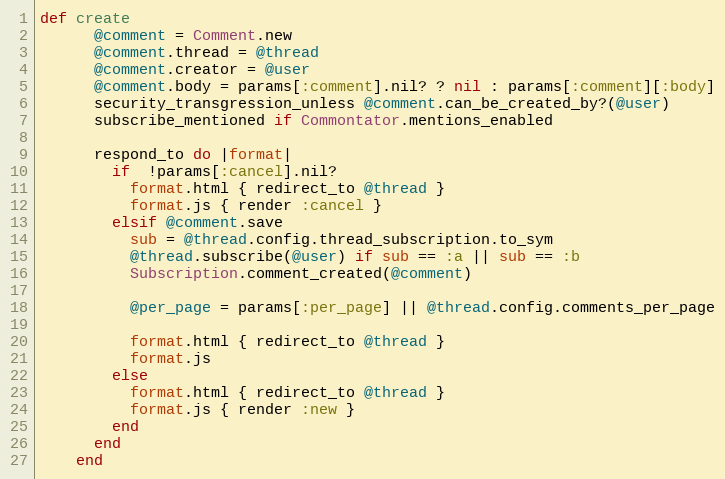
Language: Ruby
def create
      @comment = Comment.new
      @comment.thread = @thread
      @comment.creator = @user
      @comment.body = params[:comment].nil? ? nil : params[:comment][:body]
      security_transgression_unless @comment.can_be_created_by?(@user)
      subscribe_mentioned if Commontator.mentions_enabled

      respond_to do |format|
        if  !params[:cancel].nil?
          format.html { redirect_to @thread }
          format.js { render :cancel }
        elsif @comment.save
          sub = @thread.config.thread_subscription.to_sym
          @thread.subscribe(@user) if sub == :a || sub == :b
          Subscription.comment_created(@comment)

          @per_page = params[:per_page] || @thread.config.comments_per_page

          format.html { redirect_to @thread }
          format.js
        else
          format.html { redirect_to @thread }
          format.js { render :new }
        end
      end
    end